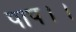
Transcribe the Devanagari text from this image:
पाप।।